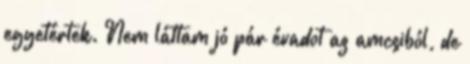
egyetértek. Nem láttam jó pár évadot az amcsiból, de